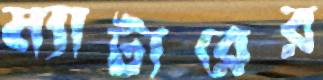
ম্যাটারের